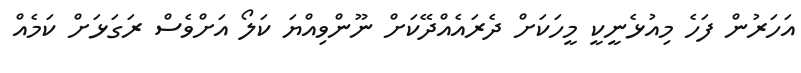
އަހަރުން ފަހެ މިއުޅެނީކީ މީހަކަށް ދެރައެއްދޭކަށް ނޫންވިއްޔަ ކަލޯ އަށްވެސް ރަގަޅަށް ކަމެއް